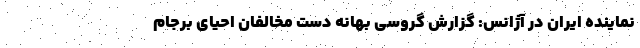
نماینده ایران در آژانس: گزارش گروسی بهانه دست مخالفان احیای برجام